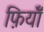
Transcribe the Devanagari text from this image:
फ़ियॉँ